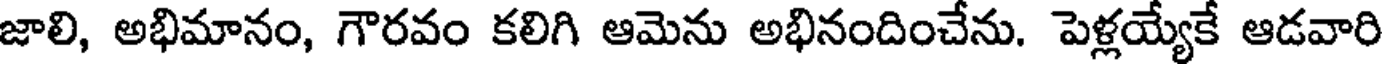
జాలి, అభిమానం, గౌరవం కలిగి ఆమెను అభినందించేను. పెళ్లయ్యేకే ఆడవారి